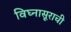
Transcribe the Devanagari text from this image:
विघ्‍नासूराची